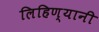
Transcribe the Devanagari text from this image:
लिहिण्यानी